Report on vaccination in Madras 1895-1903 - 1895-1903
Year: 1895
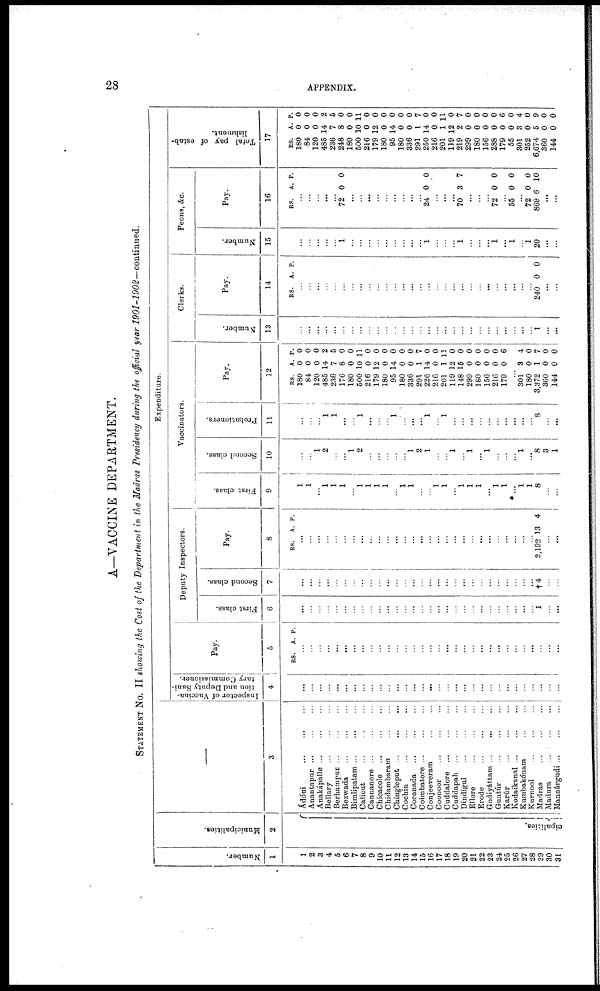
28
APPENDIX.
A—VACCINE DEPARTMENT.
STATEMENT No. II showing the Cost of the Department in the Madras Presidency during the official year 1901-1902—continued.
Number.
1
1
2
3
4
5
6
7
8
9
10
11
12
13
14
15
16
17
18
19
20
21
22
23
24
25
26
27
28
29
30
31
Municipalities.
2
cipalities.
—
3
Ádóni ... ... ...
Anantapur
...
...
...
Anakápalle
...
...
...
Bellary
...
...
...
Berhampur
...
...
...
Bezwada
...
...
...
Bimlipatam
...
...
...
Calicut
...
...
...
Cannanore ... ... ...
Chicacole ... ... ...
Chidambaram ... ... ...
Chingleput
...
...
...
Cochin
...
...
...
Cocanada
...
...
...
Coimbatore
...
...
...
Conjeeveram
...
...
Coonoor
...
...
...
Caddalore
...
...
...
Cuddapah
...
...
...
Dindigul
...
...
...
Ellore
...
...
...
Erode
...
...
...
Gudiyáttam ... ... ...
Guntúr
...
...
...
Karúr ... ... ...
Kodaikanal
...
...
...
Kumbakónam ... ... ...
Kurnool
...
...
...
Madras ... ... ...
Madura
...
...
...
Mannárgudi ... ... ...
Expenditure.
Inspector of Vaccina-
tion and Deputy Sani-
tary Commissioner.
4
...
...
...
...
...
...
...
...
...
...
...
...
...
...
...
...
...
...
...
...
...
...
...
...
...
...
...
...
...
...
...
Pay.
5
RS. A. P.
...
...
...
...
...
...
...
...
...
...
...
...
...
...
...
...
...
...
...
...
...
...
...
...
...
...
...
...
...
...
...
Deputy Inspectors.
First class.
6
...
...
...
...
...
...
...
...
...
...
...
...
...
...
...
...
...
...
...
...
...
...
...
...
...
...
...
...
1
...
...
Second class.
7
...
...
...
...
...
...
...
...
...
...
...
...
...
...
...
...
...
...
...
...
...
...
...
...
...
...
...
...
†4
...
...
Pay.
8
RS. A. P.
...
...
...
...
...
...
...
...
...
...
... ...
...
...
...
...
...
...
...
...
...
...
...
...
...
...
...
... 2,192 13 4
...
...
Vaccinators.
First class.
9
1
1
... 1
1
1
...
1
1
1
1
...
1
1
...
...
1
1
... 1
1
1
... 1
1
* ... 1
1
8
...
...
Second class.
10
...
...
1
2
...
...
1
2
... ...
... ...
...
1
2
1
...
...
1
...
1
...
1
...
...
... 1
... 8
3
1
Probationers.
11
...
...
... 1
1
...
...
1
...
...
... 1
...
...
...
1
...
1
...
...
...
...
...
...
...
...
...
... 8
...
...
Pay.
12
RS.
180
84
120
485
236
176
180
500
216
179
180
95
180
336
291
226
216
201
119
148
299
180
156
216
179
A.
0
0
0
14
7
8
0
10
0
12
0
14
0
0
1
14
0
1
12
15
0
0
0
0
0
P.
0
0
0
2
5
0
0
11
0
0
0
0
0
0
7
0
0
11
0
0
0
0
0
0
6
...
301
180
3,372
360
144
3
0
1
0
0
4
0
7
0
0
Clerks.
Number.
13
...
...
...
...
...
...
...
...
...
...
...
...
...
...
...
...
...
...
...
...
...
...
...
...
...
...
...
...
1
...
...
Pay.
14
RS. A P.
...
...
...
...
...
...
...
...
...
...
...
...
...
...
...
...
...
...
...
...
...
...
...
...
...
...
...
... 240 0 0
...
...
Peons, &c.
Number.
15
...
...
...
...
... 1
...
...
...
...
...
...
...
...
...
1
...
...
... 1
...
...
... 1
...
1
...
1
20
...
...
Pay.
16
RS. A.
P.
...
...
...
...
...
72 0 0
...
...
...
...
... ...
...
...
...
24 0 0
...
...
...
70 3 7
...
...
...
72 0 0
...
55 0 0
...
72
869
0
6
0
10
...
...
Total pay of estab-
lishment.
17
RS.
180
84
120
485
236
248
180
500
216
179
180
95
180
336
291
250
216
201
119
219
299
180
156
288
179
55
301
252
6,674
360
144
A.
0
0
0
14
7
8
0
10
0
12
0
14
0
0
1
14
0
1
12
2
0
0
0
0
0
0
3
0
5
0
0
P.
0
0
0
2
5
0
0
11
0
0
0
0
0
0
7
0
0
11
0
7
0
0
0
0
6
0
4
0
9
0
0